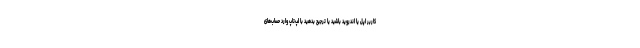
کاربر اپل یا اندروید باشید یا ترجیح بدهید با لپ‌تاپ وارد حساب‌های